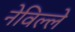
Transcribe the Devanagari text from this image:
नेविल्ले